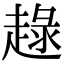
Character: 趢